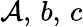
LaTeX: \mathcal{A},\, b,\, c